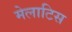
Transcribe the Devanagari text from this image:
मेलाटिस